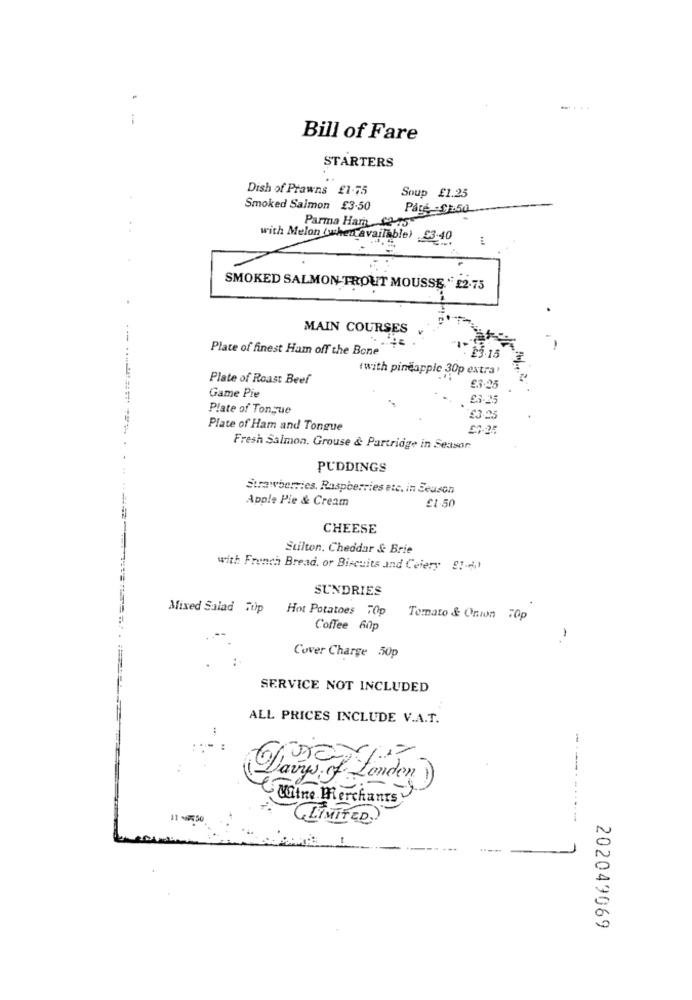
-...
.-
Bill of Fare
STARTERS
Dish of Prawns £1-75
Soup £1.25
Smoked Salmon £3.50
Páté :$1:50
Parma Ham 525
. .
with Melon (when available) £3-40
SMOKED SALMON TROUT MOUSSE " £2.75
.
MAIN COURSES
Plate of finest Ham off the Bone
(with pineapple 30p extra'
Plate of Roast Beef
£3.25
Game Pie
£3-25
Plate of Tongue
£3.25
Plate of Ham and Tongue
Fresh Salmon, Grouse & Partridge in Season.
PUDDINGS
Strawberries. Raspberries etc, in Season
Apple Pie & Cream
£1:50
CHEESE
Stilton, Cheddar & Brie
with French Bread, or Biscuits and Celery 81-4,1
SUNDRIES
Mixed Salad 7up
Hot Potatoes 7Op
Tomato & Onion :Op
Coffee 60p
Cover Charge 50p
SERVICE NOT INCLUDED
ALL PRICES INCLUDE V.A.T.
----
Davys, of London
...
& Wine Merchants
11~50
LIMITED.
202049069